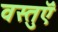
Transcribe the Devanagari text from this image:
वस्‍तुऍं